Note on the mental hospitals in Burma - 1925-1940
Year: 1925
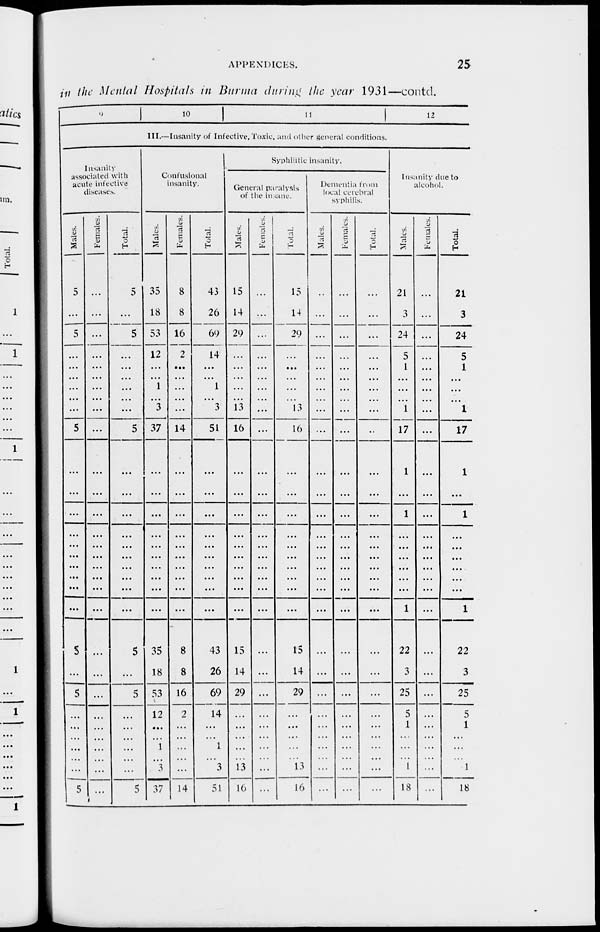
APPENDICES.
25
in the Mental Hospitals in Burma during the year 1931—contd.
9
10
11
12
III.—Insanity of Infective. Toxic, and other general conditions.
Insanity
associated with
acute infective
diseases.
Males.
5
...
5
...
...
...
...
...
...
5
...
...
...
...
...
...
...
...
...
...
5
...
5
...
...
...
...
...
...
5
Females.
...
...
...
...
...
...
...
...
...
...
...
...
...
...
...
...
...
...
...
...
...
...
...
...
...
...
...
...
...
...
Total.
5
...
5
...
...
...
...
...
...
5
...
...
...
...
...
...
...
...
...
...
5
...
5
...
...
...
...
...
...
5
Confusional
insanity.
Males.
35
18
53
12
...
...
1
...
3
37
...
...
...
...
...
...
...
...
...
...
35
18
53
12
...
...
1
...
3
37
Females.
8
8
16
2
...
...
...
...
...
14
...
...
...
...
...
...
...
...
...
...
8
8
16
2
...
...
...
...
...
14
Total.
43
26
69
14
...
...
1
...
3
51
...
...
...
...
...
...
...
...
...
...
43
26
69
14
...
1
...
3
51
Syphilitic insanity.
General paralysis
of the insane.
Males.
15
14
29
...
...
...
...
...
13
16
...
...
...
...
...
...
...
...
...
...
15
14
29
...
...
...
...
...
13
16
Females.
...
...
...
...
...
...
...
...
...
...
...
...
...
...
...
...
...
...
...
...
...
...
...
...
...
...
...
...
...
...
Total.
15
14
29
...
...
...
...
...
13
16
...
...
...
...
...
...
...
...
...
...
15
14
29
...
...
...
...
...
13
16
Dementia from
local cerebral
syphilis.
Males.
...
...
...
...
...
...
...
...
...
...
...
...
...
...
...
...
...
...
...
...
...
...
...
...
...
...
...
...
...
Females.
...
...
...
...
...
...
...
...
...
...
...
...
...
...
...
...
...
...
...
...
...
...
...
...
...
...
...
...
...
...
Total.
...
...
...
...
...
...
...
...
...
...
...
...
...
...
...
...
...
...
...
...
...
...
...
...
...
...
...
...
...
...
Insanity due to
alcohol.
Males.
21
3
24
5
1
...
...
...
1
17
1
...
1
...
...
...
...
...
...
1
22
3
25
5
1
...
...
...
1
18
Females.
...
...
...
...
...
...
...
...
...
...
...
...
...
...
...
...
...
...
...
...
...
...
...
...
...
...
...
...
...
...
Total.
21
3
24
5
1
...
...
...
1
17
1
...
1
...
...
...
...
...
...
1
22
3
25
5
1
...
...
...
1
18